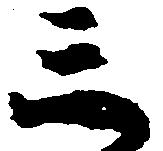
三